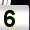
Digit: 5